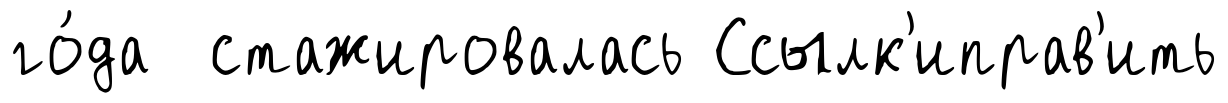
го́да стажировалась Ссылк'иправ'ить